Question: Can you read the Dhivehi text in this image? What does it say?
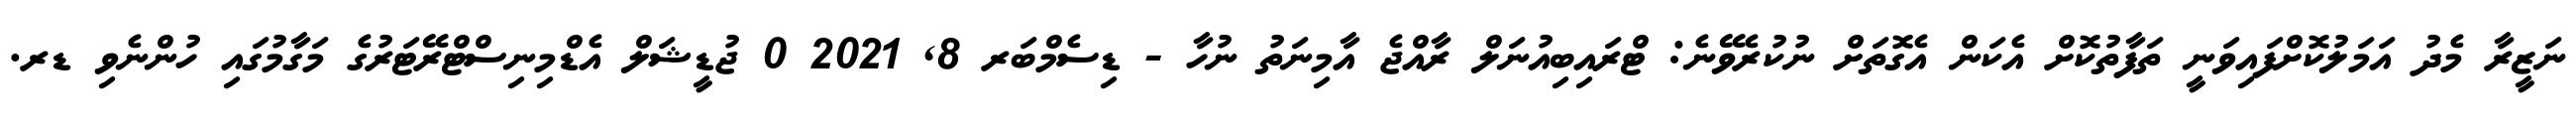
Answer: ނަޒީރާ މެދު އަމަލުކޮށްފައިވަނީ ތަފާތުކޮށް އެކަން އެގޮތަށް ނުކުރެވޭނެ: ޓްރައިބިއުނަލް ރާއްޖެ އާމިނަތު ނުހާ - ޑިސެމްބަރ 8, 2021 0 ޖުޑީޝަލް އެޑްމިނިސްޓްރޭޓަރުގެ މަގާމުގައި ހުންނެވި ޑރ.